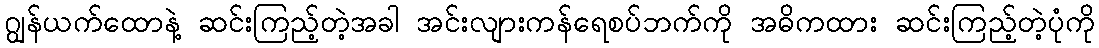
ဂျွန်ယက်ထောနဲ့ ဆင်းကြည့်တဲ့အခါ အင်းလျားကန်ရေစပ်ဘက်ကို အဓိကထား ဆင်းကြည့်တဲ့ပုံကို